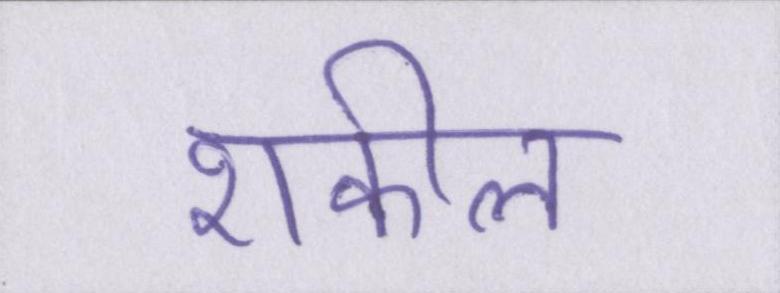
शकील